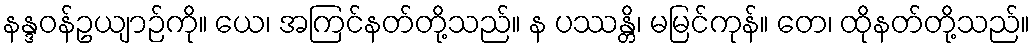
နန္ဒဝန်ဥယျာဉ်ကို။ ယေ၊ အကြင်နတ်တို့သည်။ န ပဿန္တိ၊ မမြင်ကုန်။ တေ၊ ထိုနတ်တို့သည်။